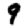
Digit: 9